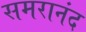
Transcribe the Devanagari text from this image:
समरानंद